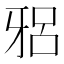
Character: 𱭦